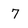
Character: 7